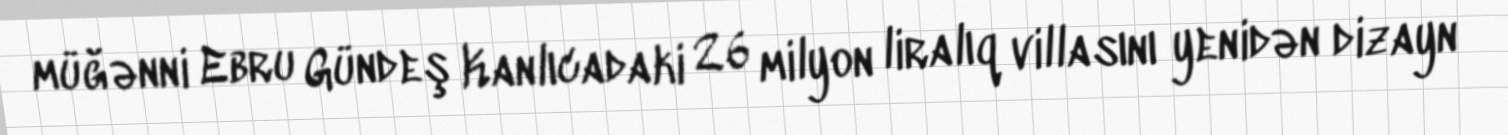
müğənni Ebru Gündeş Kanlıcadaki 26 milyon liralıq villasını yenidən dizayn